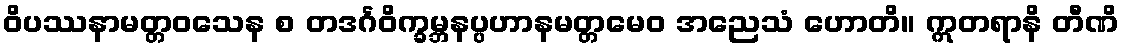
ဝိပဿနာမတ္တဝသေန စ တဒင်္ဂဝိက္ခမ္ဘနပ္ပဟာနမတ္တမေဝ အညေသံ ဟောတိ။ ဣတရာနိ တီဏိ